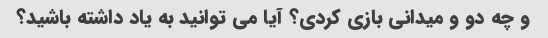
و چه دو و میدانی بازی کردی؟ آیا می توانید به یاد داشته باشید؟